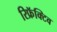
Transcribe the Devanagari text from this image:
रिफ्रॅक्टिव